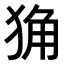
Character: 𤞴